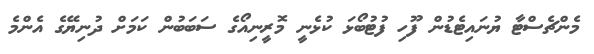
މެންޗެސްޓާ ޔުނައިޓެޑުން ފޫހި ފުޓުބޯޅަ ކުޅެނީ މޮރީނިއޯގެ ސަބަބުން ކަމަށް ދުނިޔޭގެ އެންމެ